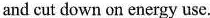
and cut down on energy use.